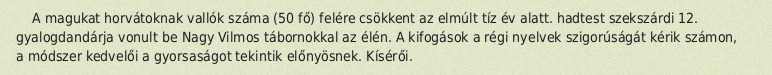
A magukat horvátoknak vallók száma (50 fő) felére csökkent az elmúlt tíz év alatt. hadtest szekszárdi 12. gyalogdandárja vonult be Nagy Vilmos tábornokkal az élén. A kifogások a régi nyelvek szigorúságát kérik számon, a módszer kedvelői a gyorsaságot tekintik előnyösnek. Kísérői.